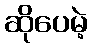
ဆိုပေမဲ့